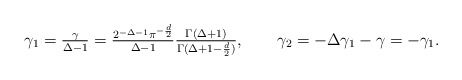
\begin{align*}\textstyle \gamma_1 = \frac\gamma{\Delta-1} = \frac {2^{-\Delta-1}\pi^{-\frac d2}}{\Delta-1}\frac{\Gamma(\Delta+1)}{\Gamma(\Delta+1-\frac d2)}, \qquad\gamma_2=-\Delta\gamma_1-\gamma = -\gamma_1.\end{align*}